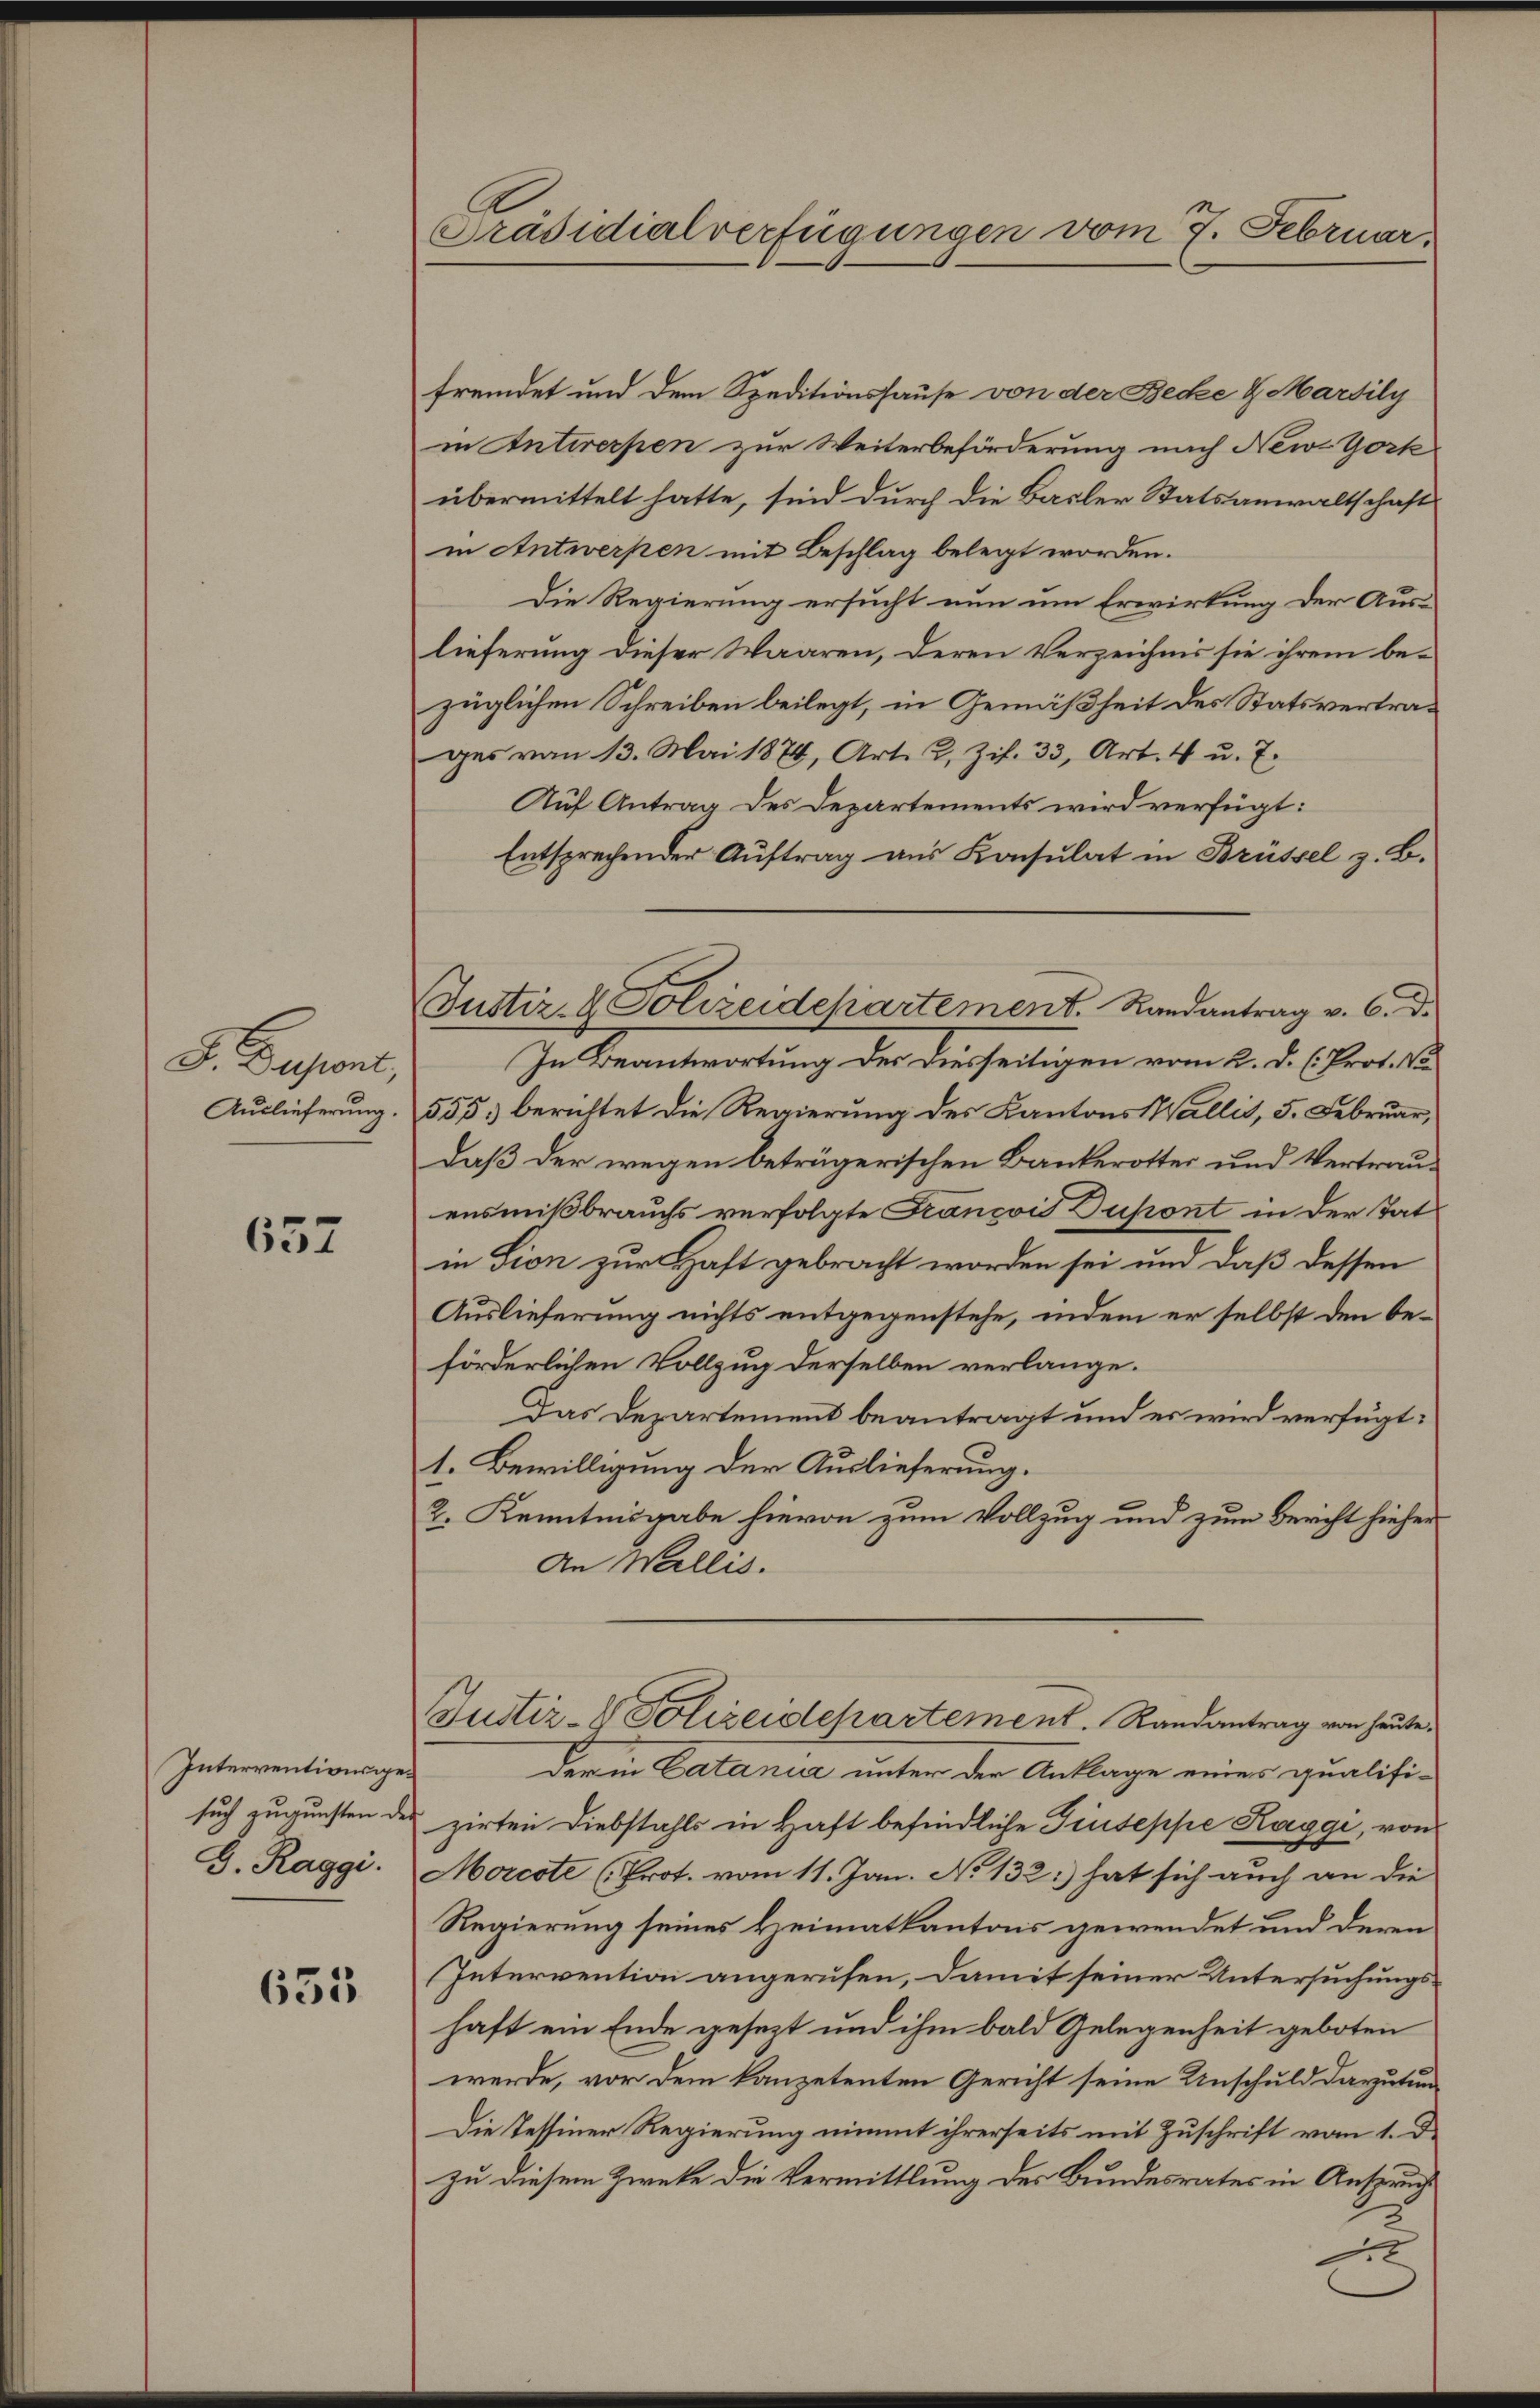
S. Pupant,
Auslieferung.

657

Interventionsge¬
G. Raggi.

635

Präsidialverfügungen vom 7. Februar.

fremdet und dem Speditionshause von der Becke G. Martily
in Antirerpen zur Weiterbeförderung nach New-York
übermittelt hatte, sind durch die Basler Statsanwaltschaft
in Antwerpen mit Beschlag belegt worden.
Die Regierung ersucht nun um Erwirkung der Auslieferung dieser Waaren, deren Verzeichnis sie ihrem bezüglichen Schreiben beilegt, in Gemäßheit des Statsvertrages vom 13. Mai 1874, Art. 2. Zif. 33, Art. 4 u. 7.
Auf Antrag des Departements wird verfügt:
Entsprechender Aŭftrag aŭs Konsulat in Brüssel z. B.
In Beantwortung der diesseitigen vom 2. d. h. Prof.
555 berichtet die Regierung des Kantons Wallis, 5. Februar,
daß der wegen beträgerischen Bankerottes und Vertrauensmißbrauchs verfolgte François Dupont in der Tat
in Lion zur Haft gebracht worden sei und daß dessen
Auslieferung nichts entgegenstehe, indem er selbst den beförderlichen Vollzug derselben verlange.
Das Departement beantragt und es wird verfügt:
1. Bewilligung der Auslieferung.
2. Kenntnisgabe hievon zum Vollzug und zum Bericht hieher
An Wallis.
Justiz- Polizeidchartement. Randantrag von heute
der in Catania unter der Anklage eines qualifi-
such zugunsten des zirten Diebstahls in Haft befindliche Giuseppe Kaggi, von
Morcote (Prot. vom 11. Jan. No 132.) hat sich auch an die
Regierung seines Heimatkantons gewendet und deren
Intervention angerufen, damit seiner Untersuchungshaft ein Ende gesezt und ihm bald Gelegenheit geboten
werde, vor dem kanzetenten Gericht seine Unschuld darzutung
Die Tessiner Regierung nimmt ihrerseits mit Zuschrift vom 1. De
zu diesem Zwecke die Vermittlung des Bundesrates in Anspruch

Justiz- & Polizeidepartement. Landantrag v. 6. d.